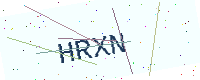
Text: HRXN